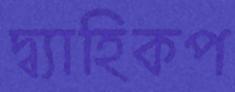
দ্ব্যাহিকপ